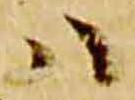
ハ